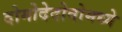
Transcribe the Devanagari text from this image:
दोमोदेदोवोमध्ये